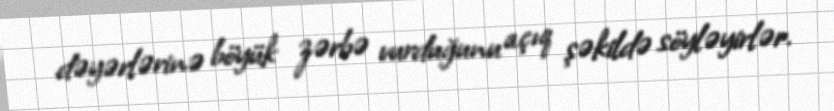
dəyərlərinə böyük zərbə vurduğunu açıq şəkildə söyləyirlər.